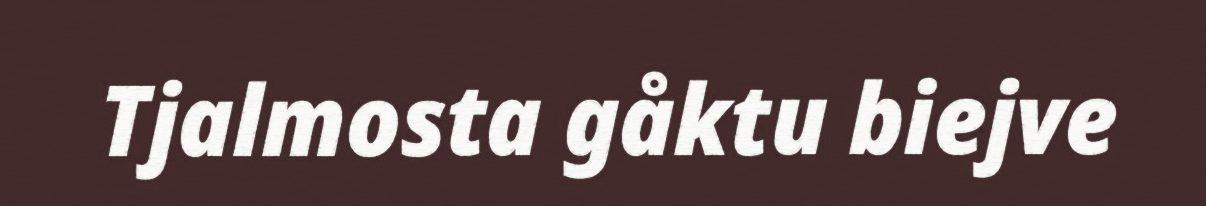
Tjalmosta gåktu biejve